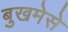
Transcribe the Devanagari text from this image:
बुखमेसे